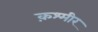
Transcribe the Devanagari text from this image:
क़श्मीर